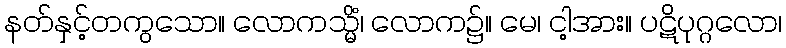
နတ်နှင့်တကွသော။ လောကသ္မိံ၊ လောက၌။ မေ၊ ငါ့အား။ ပဋိပုဂ္ဂလော၊